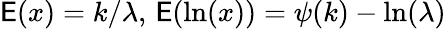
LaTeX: \operatorname{\mathsf{E}}(x)=k/\lambda,\, \operatorname{\mathsf{E}}(\ln(x))=\psi(k)-\ln(\lambda)